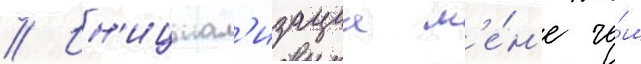
// Ин'ициал'изациа м'е́н'е че́м